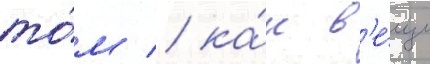
то́м / ка́к в'е́щи